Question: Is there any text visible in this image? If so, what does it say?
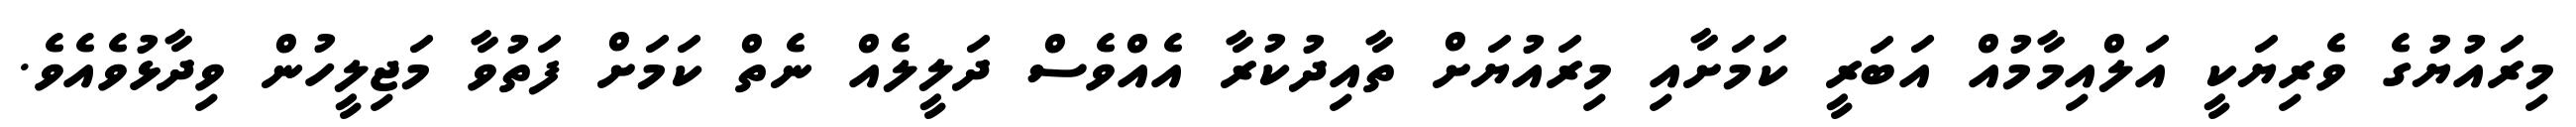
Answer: މިރައުޔުގެ ވެރިޔަކީ އަލްއިމާމުއް އަބަރީ ކަމަށާއި މިރައުޔަށް ތާއިދުކުރާ އެއްވެސް ދަލީލެއް ނެތް ކަމަށް ފަތުވާ މަޖިލީހުން ވިދާޅުވެއެވެ.